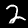
Label: 2